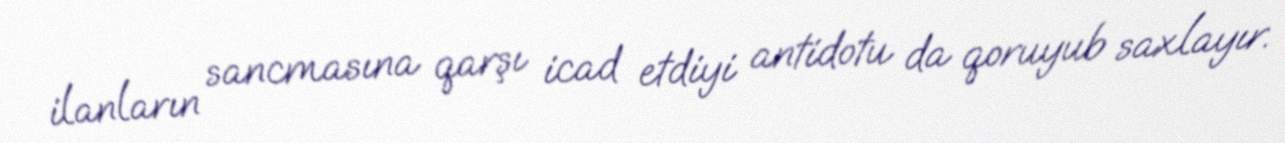
ilanların sancmasına qarşı icad etdiyi antidotu da qoruyub saxlayır.